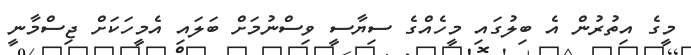
މީގެ އިތުރުން އެ ބިލުގައި މީހެއްގެ ސިޔާސީ ވިސްނުމަށް ބަލައި އެމީހަކަށް ޖިސްމާނީ